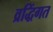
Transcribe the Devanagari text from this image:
व्रद्धिंगत